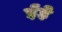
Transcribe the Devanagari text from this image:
ईहे